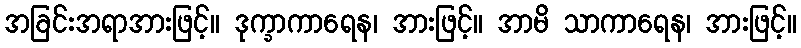
အခြင်းအရာအားဖြင့်။ ဒုက္ခာကာရေန၊ အားဖြင့်။ အာမိ သာကာရေန၊ အားဖြင့်။